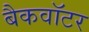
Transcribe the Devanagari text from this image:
बैकवॉटर